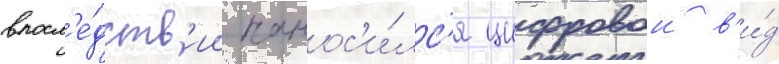
впосл'е́дств'ии нанос'и́лс'я цифровои в'и́д